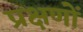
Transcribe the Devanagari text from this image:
प्रक्षणों